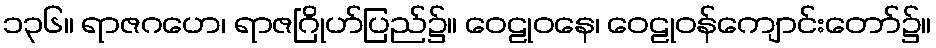
၁၃၆။ ရာဇဂဟေ၊ ရာဇဂြိုဟ်ပြည်၌။ ဝေဠုဝနေ၊ ဝေဠုဝန်ကျောင်းတော်၌။